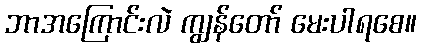
ဘာအကြောင်းလဲ ကျွန်တော် မေးပါရစေ။